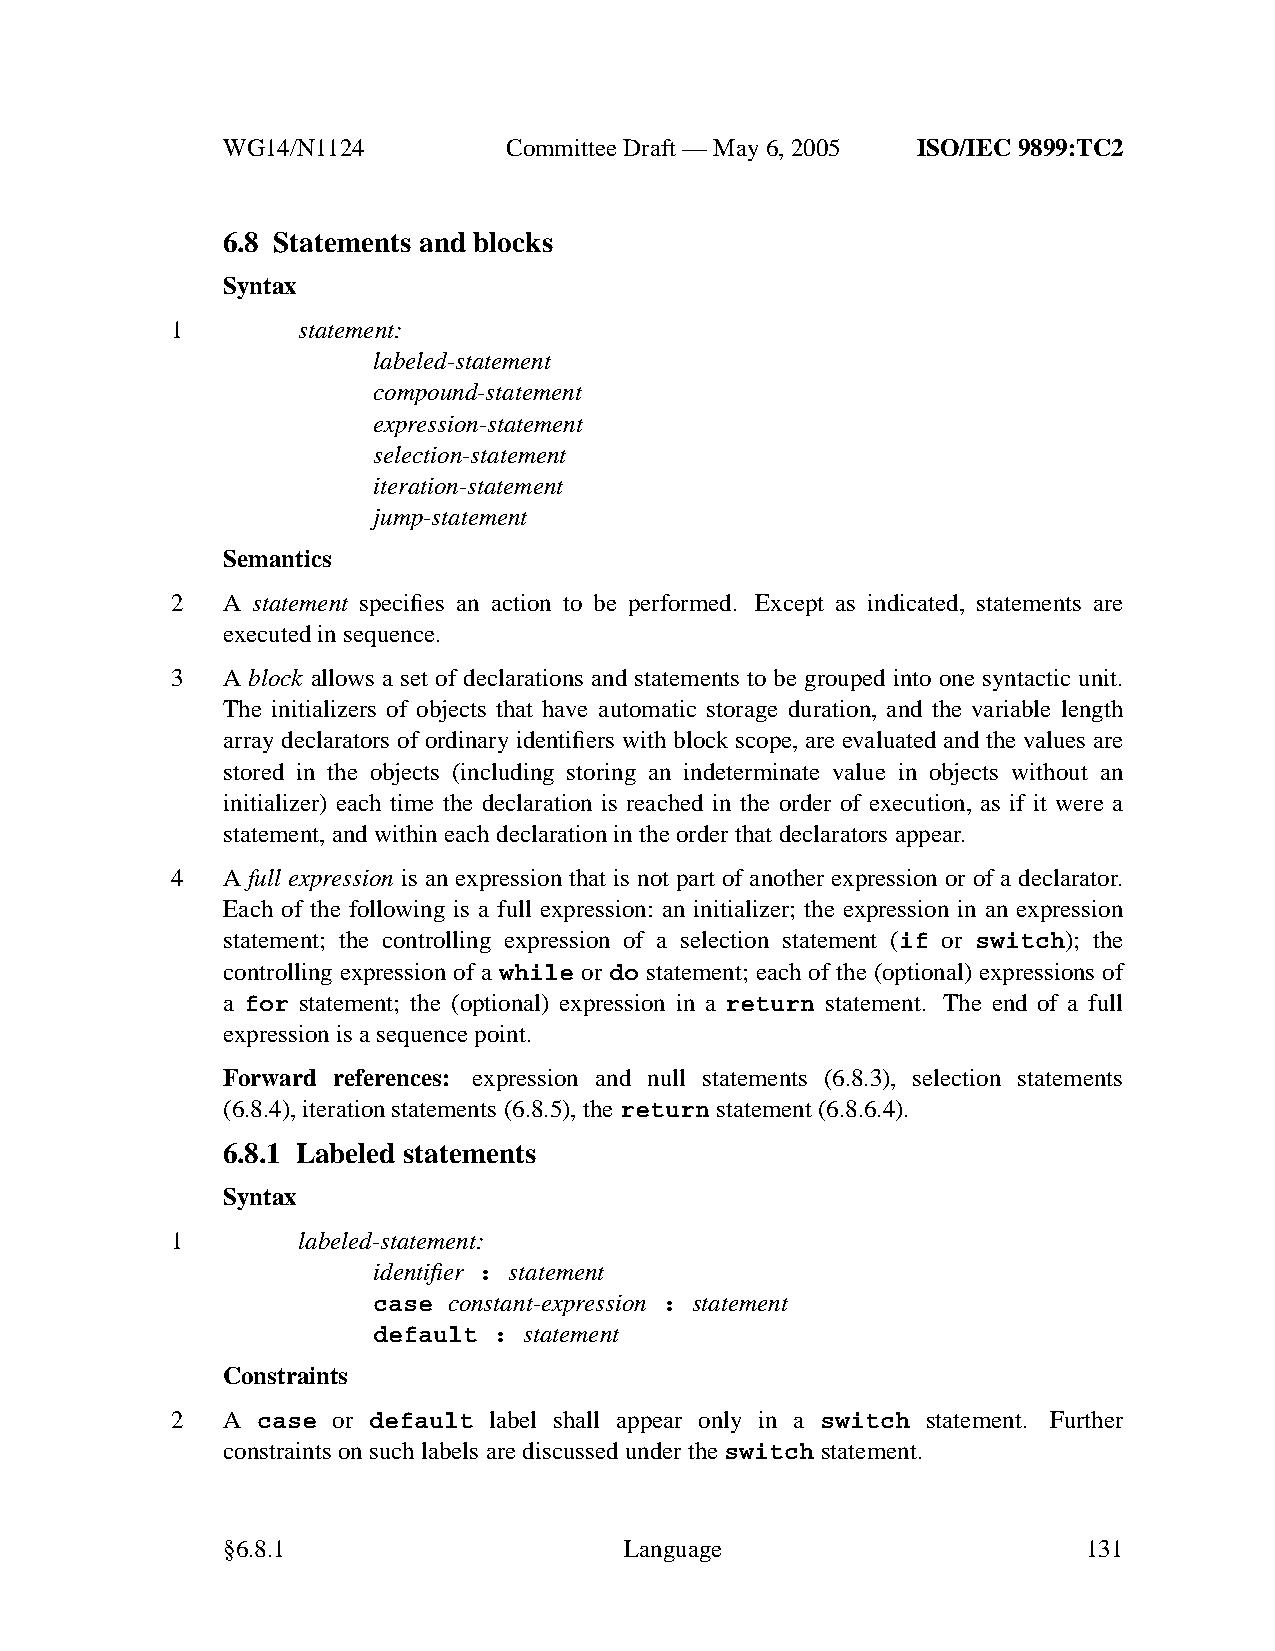
WG14/N1124        CommitteeDraft — May 6, 2005 ISO/IEC 9899:TC2
 6.8 Statements and blocks
 Syntax
 1        statement:
 labeled-statement
 compound-statement
 expression-statement
 selection-statement
 iteration-statement
 jump-statement
 Semantics
 2   A statement specifies an action to be performed. Except as indicated, statements are
 executed in sequence.
 3   A block allows a set of declarations and statements to be grouped into one syntactic unit.
 The initializers of objects that have automatic storage duration, and the variable length
 array declarators of ordinary identifiers with block scope, are evaluated and the values are
 stored in the objects (including storing an indeterminate value in objects without an
 initializer) each time the declaration is reached in the order of execution, as if it were a
 statement, and within each declaration in the order that declarators appear.
 4   A full expression is an expression that is not part of another expression or of a declarator.
 Each of the following is a full expression: an initializer; the expression in an expression
 statement; the controlling expression of a selection statement (if or switch); the
 controlling expression of a while or do statement; each of the (optional) expressions of
 a for statement; the (optional) expression in a return statement. The end of a full
 expression is a sequence point.
 Forward references: expression and null statements (6.8.3), selection statements
 (6.8.4), iteration statements (6.8.5), the return statement (6.8.6.4).
 6.8.1 Labeled statements
 Syntax
 1        labeled-statement:
 identifier : statement
 case constant-expression : statement
 default : statement
 Constraints
 2   A case or default label shall appear only in a switch statement. Further
 constraints on such labels are discussed under the switch statement.
 §6.8.1                    Language                       131